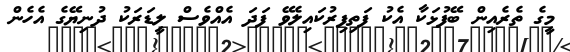
މީގެ ތެރެއިން ބޭފުޅަކާ އެކު ފަތިފިރުކައިލެވޭ ފަދަ އެއްވެސް ލީޑަރަކު ދުނިޔޭގެ އެހެން